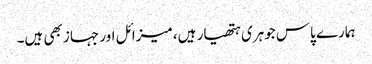
ہمارے پاس جوہری ہتھیار ہیں، میزائل اور جہاز بھی ہیں۔